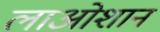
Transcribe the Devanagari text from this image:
लाओशान